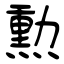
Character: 勲